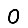
Digit: 0